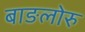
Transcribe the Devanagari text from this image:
बाङलोरु